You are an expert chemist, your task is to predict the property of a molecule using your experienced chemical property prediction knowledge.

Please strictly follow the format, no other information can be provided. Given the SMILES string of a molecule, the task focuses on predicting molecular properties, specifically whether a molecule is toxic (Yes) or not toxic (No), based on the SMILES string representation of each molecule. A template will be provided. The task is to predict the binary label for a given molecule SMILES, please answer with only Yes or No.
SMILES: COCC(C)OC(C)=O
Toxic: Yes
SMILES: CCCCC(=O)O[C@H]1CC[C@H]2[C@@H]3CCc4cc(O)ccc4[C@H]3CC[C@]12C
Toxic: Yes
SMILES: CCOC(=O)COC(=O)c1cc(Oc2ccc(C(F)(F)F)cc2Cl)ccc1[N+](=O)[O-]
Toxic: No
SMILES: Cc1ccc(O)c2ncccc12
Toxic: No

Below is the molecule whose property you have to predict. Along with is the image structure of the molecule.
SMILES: O=C(O)C1CCC1
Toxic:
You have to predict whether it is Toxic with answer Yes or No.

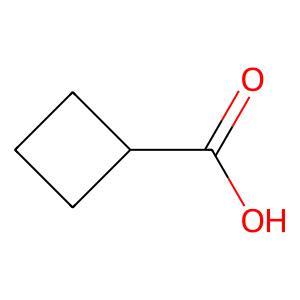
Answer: No